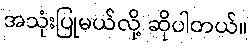
အသုံးပြုမယ်လို့ ဆိုပါတယ်။